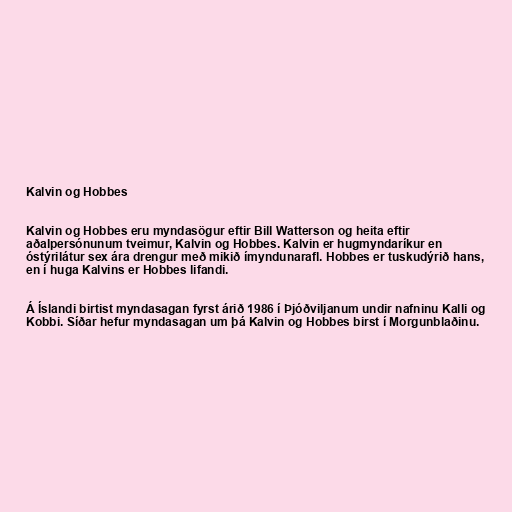
Kalvin og Hobbes

Kalvin og Hobbes eru myndasögur eftir Bill Watterson og heita eftir
aðalpersónunum tveimur, Kalvin og Hobbes. Kalvin er hugmyndaríkur en
óstýrilátur sex ára drengur með mikið ímyndunarafl. Hobbes er tuskudýrið hans,
en í huga Kalvins er Hobbes lifandi.

Á Íslandi birtist myndasagan fyrst árið 1986 í Þjóðviljanum undir nafninu Kalli og
Kobbi. Síðar hefur myndasagan um þá Kalvin og Hobbes birst í Morgunblaðinu.